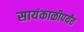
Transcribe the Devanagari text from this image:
सायंकाळीपर्यंत